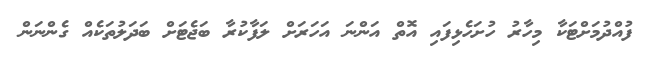
ފުއްދުމަށްޓަކާ މިހާރު ހުށަހެޅިފައި އޮތް އަންނަ އަހަރަށް ލަފާކުރާ ބަޖެޓަށް ބަދަލުތަކެއް ގެންނަން